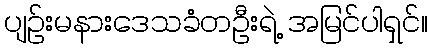
ပျဉ်းမနားဒေသခံတဦးရဲ့ အမြင်ပါရှင်။